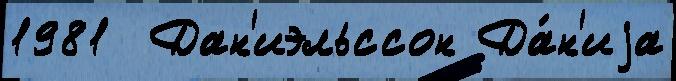
1981  Дан'иэльссон Да́н'иjа